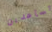
تساعدين